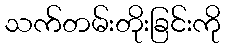
သက်တမ်းတိုးခြင်းကို